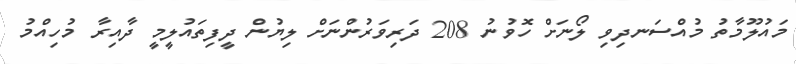
މައުލޫމާތު މުއްސަނދިވި ލޯނަށް ހޮވުނު 208 ދަރިވަރުންނަށް ލިޔުން ދީފިތައުލީމީ ދާއިރާ މުހިއްމު